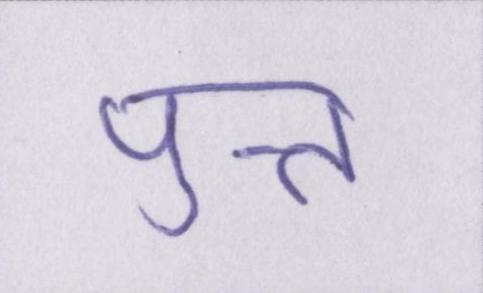
पुत्त